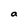
Character: a